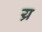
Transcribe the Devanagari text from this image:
य्र